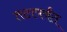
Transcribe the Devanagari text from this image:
तटापर्यंत